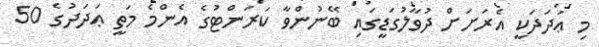
މި ޢަދަދަކީ އެރަށަށް ދުވާލުގަޑީގައި ބޭނުންވާ ކަރަންޓުގެ އެންމެ މަތީ ޢަދަދުގެ 50